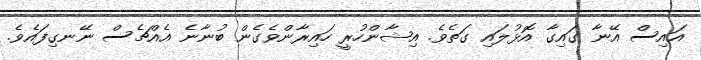
އައިސް އޭނާ ގައިގާ އޮޅުލައި ގަތެވެ. އިޝާންހުރީ ހައިރާންވެގެން ބުނާނެ އެއްޗެސް ނޭނގިފައެވެ.